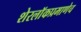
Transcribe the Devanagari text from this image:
शेरलाॅकप्रमाणेच